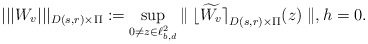
\begin{align*}|||{W_v}|||_{D(s,r)\times\Pi}: =\sup_{0\neq z\in \ell^2_{b,d}}{\parallel{\lfloor{\widetilde{W_v}}\rceil}_{D(s,r)\times\Pi}(z)\parallel}, h=0.\end{align*}